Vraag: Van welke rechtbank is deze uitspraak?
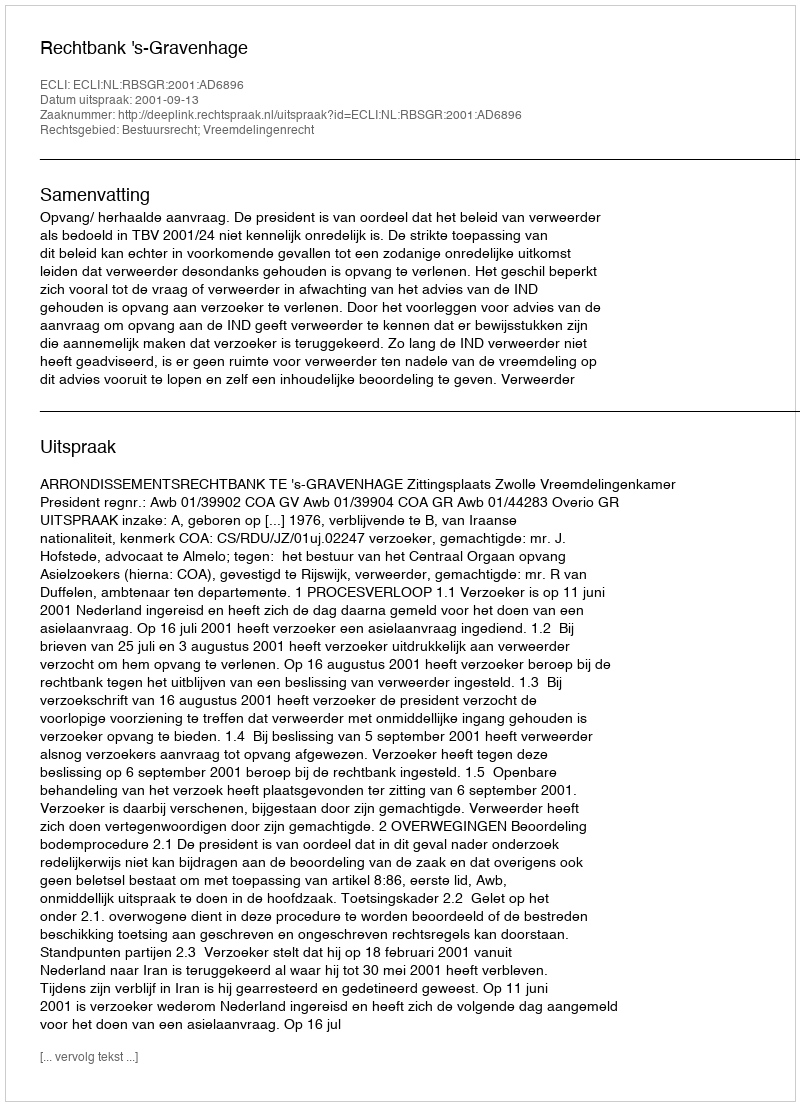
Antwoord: Rechtbank 's-Gravenhage